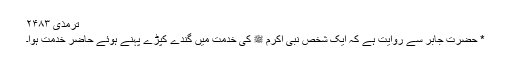
ترمذی ۲۴۸۳
* حضرت جابرؓ سے روایت ہے کہ ایک شخص نبی اکرم ﷺ کی خدمت میں گندے کپڑے پہنے ہوئے حاضر خدمت ہوا۔